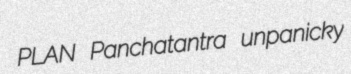
PLAN Panchatantra unpanicky